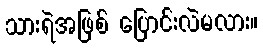
သားရဲအဖြစ် ပြောင်းလဲမလား။